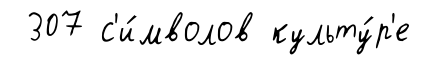
307 с'и́мволов культу́р'е